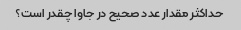
حداکثر مقدار عدد صحیح در جاوا چقدر است؟